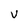
Character: v